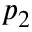
p _ { 2 }